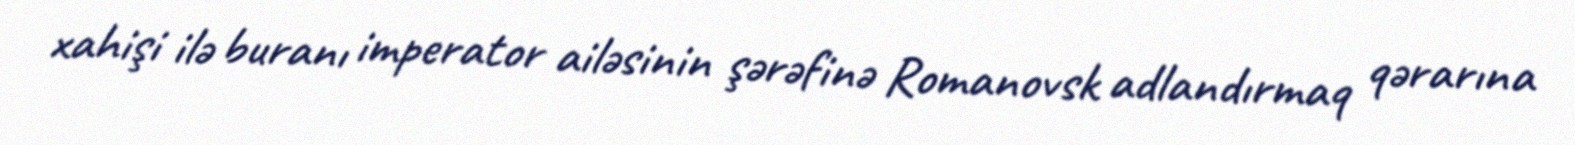
xahişi ilə buranı imperator ailəsinin şərəfinə Romanovsk adlandırmaq qərarına